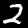
Digit: 2